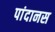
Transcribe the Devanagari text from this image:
पांदानस